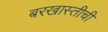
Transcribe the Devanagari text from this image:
बरखास्तीची